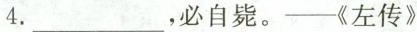
4.___，必自毙。——《左传》